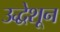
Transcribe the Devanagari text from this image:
उद्धेशून